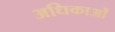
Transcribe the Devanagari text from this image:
अधिकाओं